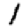
Digit: 1